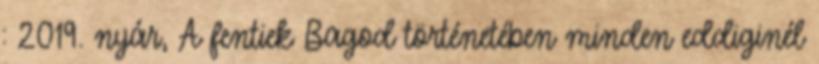
: 2019. nyár, A fentiek Bagod történetében minden eddiginél